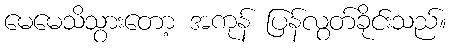
မေမေသိသွားတော့ အကုန် ပြန်လွတ်ခိုင်းသည်။